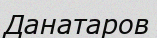
Данатаров